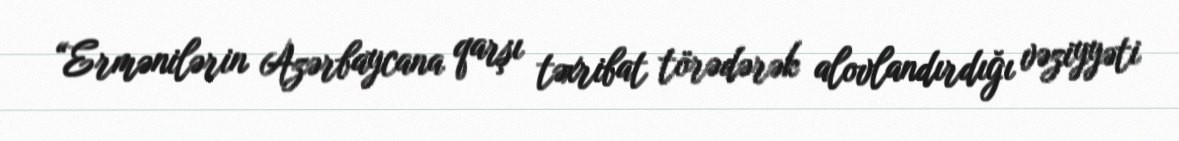
“Ermənilərin Azərbaycana qarşı təxribat törədərək alovlandırdığı vəziyyəti